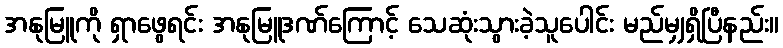
အနုမြူကို ရှာဖွေရင်း အနုမြူဒဏ်ကြောင့် သေဆုံးသွားခဲ့သူပေါင်း မည်မျှရှိပြီနည်း။